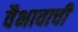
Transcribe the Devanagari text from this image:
वैभावाची